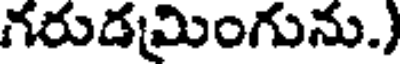
గరుడమింగును.)